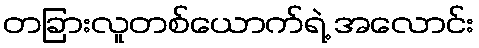
တခြားလူတစ်ယောက်ရဲ့ အလောင်း